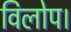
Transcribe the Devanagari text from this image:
विलोप।